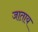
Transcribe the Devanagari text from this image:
जाताय